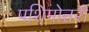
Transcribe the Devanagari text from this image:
पशिमोत्तरी